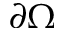
\partial \Omega